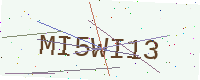
Text: MI5WI13